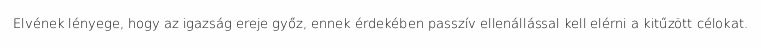
Elvének lényege, hogy az igazság ereje győz, ennek érdekében passzív ellenállással kell elérni a kitűzött célokat.